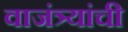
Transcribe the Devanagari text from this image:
वाजंत्र्यांची